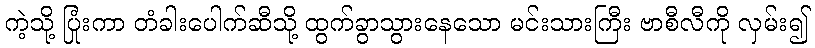
ကဲ့သို့ ပြုံးကာ တံခါးပေါက်ဆီသို့ ထွက်ခွာသွားနေသော မင်းသားကြီး ဗာစီလီကို လှမ်း၍